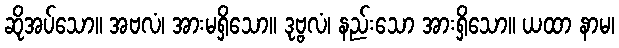
ဆိုအပ်သော။ အဗလံ၊ အားမရှိသော။ ဒုဗ္ဗလံ၊ နည်းသော အားရှိသော။ ယထာ နာမ၊